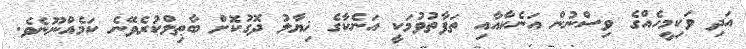
އަދި ވަކިމީހެއްގެ ވިސްނުން އަނެކާއާއި ތަފާތުވުމަކީ އަނެކާގެ ޚިޔާލު ދޮގުކޮށް ބާޠިލްކުރެވޭނެ ކަމެއްނޫނެވެ.